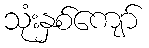
သုံးနှစ်ကျော်